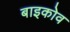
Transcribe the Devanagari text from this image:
बाइकोव